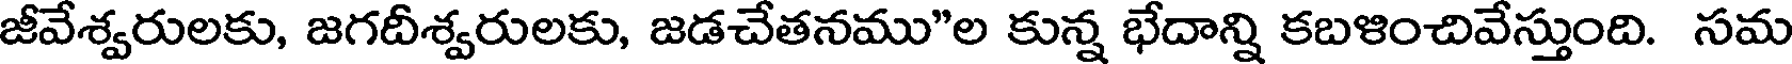
జీవేశ్వరులకు, జగదీశ్వరులకు, జడచేతనము"ల కున్న భేదాన్ని కబళించివేస్తుంది. సమ